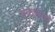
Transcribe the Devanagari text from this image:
सफलताऐं